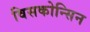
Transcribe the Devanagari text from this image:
विसकोन्सिन